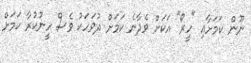
ނޫން ކަމަށާއި "ހީރޯ" އަކަށް ވެދާނެ ކަމަށް ދުވަހަކު ވެސް ހީނުކުރާ ކަމަށް